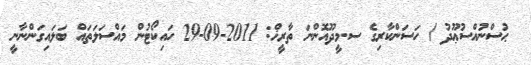
ޙުސްނުއްސުޢޫދު / ހަސަންކާރިގެ ސ.މީދޫއޮންނަ ތާރީޚް: 2011-09-29 ހައިކޯޓުން މައްސަލަތައް ބަލައިގަންނާނީ